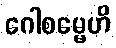
ဂေါစမ္မေဟိ